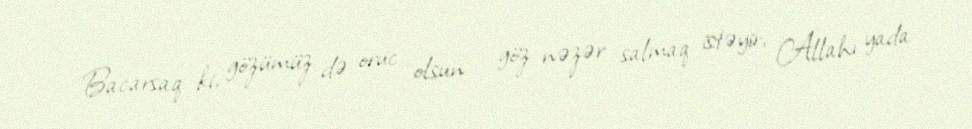
Bacarsaq ki, gözümüz də oruc olsun - göz nəzər salmaq istəyir, Allahı yada